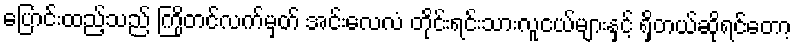
ပြောင်းထည့်သည် ကြိုတင်လက်မှတ် အင်းလေလံ တိုင်းရင်းသားလူငယ်များနှင့် ရှိတယ်ဆိုရင်တော့